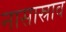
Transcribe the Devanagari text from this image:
नासास्राव